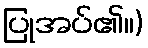
ပြုအပ်၏။)